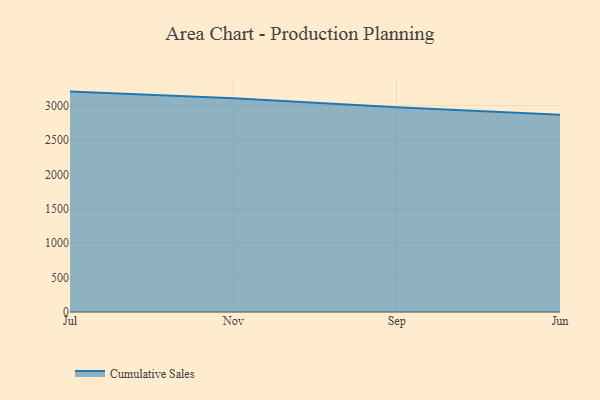
{"axis": {"x": "Month", "y": "Active Users"}, "legend": ["Cumulative Sales"], "data": [{"x": "Jul", "y": 3201.7, "type": "Cumulative Sales"}, {"x": "Nov", "y": 3106.6, "type": "Cumulative Sales"}, {"x": "Sep", "y": 2974.7, "type": "Cumulative Sales"}, {"x": "Jun", "y": 2864.7, "type": "Cumulative Sales"}]}